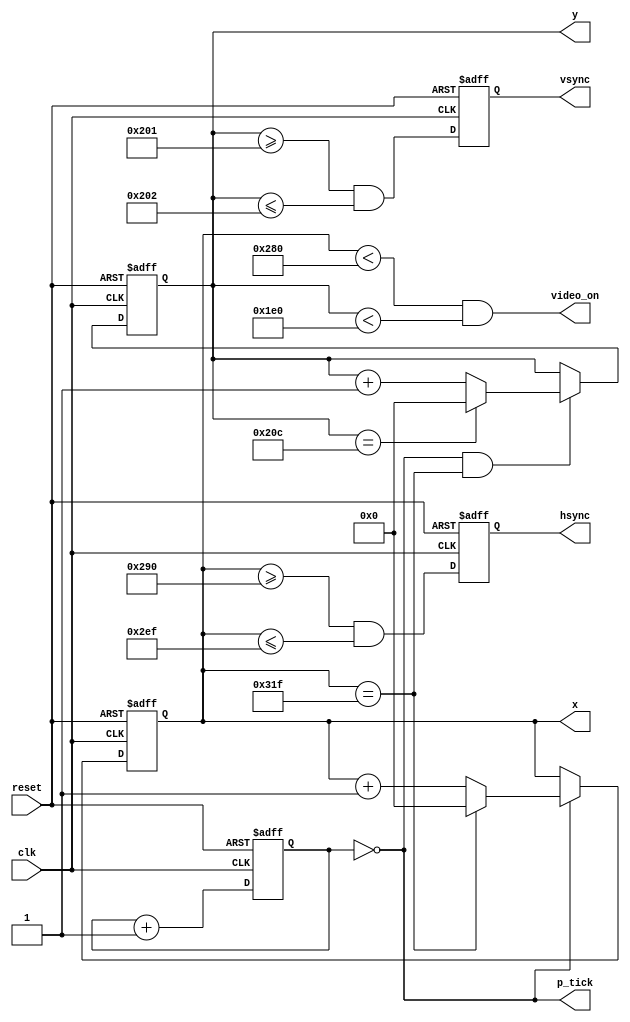
`timescale 1ns / 1ps
//////////////////////////////////////////////////////////////////////////////////
// Company: 
// Engineer: 
// 
// Design Name: 
// Module Name: vga_sync
// Project Name: 
// Target Devices: 
// Tool Versions: 
// Description: 
// 
// Dependencies: 
// 
// Revision:
// Revision 0.01 - File Created
// Additional Comments:
// 
//////////////////////////////////////////////////////////////////////////////////

module vga_sync

	(
		input wire clk, reset,
		output wire hsync, vsync, video_on, p_tick,
		output wire [9:0] x, y
	);
	
	// constant declarations for VGA sync parameters
	localparam H_DISPLAY       = 640; // horizontal display area
	localparam H_L_BORDER      =  48; // horizontal left border
	localparam H_R_BORDER      =  16; // horizontal right border
	localparam H_RETRACE       =  96; // horizontal retrace
	localparam H_MAX           = H_DISPLAY + H_L_BORDER + H_R_BORDER + H_RETRACE - 1;
	localparam START_H_RETRACE = H_DISPLAY + H_R_BORDER;
	localparam END_H_RETRACE   = H_DISPLAY + H_R_BORDER + H_RETRACE - 1;
	
	localparam V_DISPLAY       = 480; // vertical display area
	localparam V_T_BORDER      =  10; // vertical top border
	localparam V_B_BORDER      =  33; // vertical bottom border
	localparam V_RETRACE       =   2; // vertical retrace
	localparam V_MAX           = V_DISPLAY + V_T_BORDER + V_B_BORDER + V_RETRACE - 1;
        localparam START_V_RETRACE = V_DISPLAY + V_B_BORDER;
	localparam END_V_RETRACE   = V_DISPLAY + V_B_BORDER + V_RETRACE - 1;
	
	// mod-4 counter to generate 25 MHz pixel tick
	reg [1:0] pixel_reg;
	wire [1:0] pixel_next;
	wire pixel_tick;
	
	always @(posedge clk, posedge reset)
		if(reset)
		  pixel_reg <= 0;
		else
		  pixel_reg <= pixel_next;
	
	assign pixel_next = pixel_reg + 1; // increment pixel_reg 
	
	assign pixel_tick = (pixel_reg == 0); // assert tick 1/4 of the time
	
	// registers to keep track of current pixel location
	reg [9:0] h_count_reg, h_count_next, v_count_reg, v_count_next;
	
	// register to keep track of vsync and hsync signal states
	reg vsync_reg, hsync_reg;
	wire vsync_next, hsync_next;
 
	// infer registers
	always @(posedge clk, posedge reset)
		if(reset)
		    begin
                    v_count_reg <= 0;
                    h_count_reg <= 0;
                    vsync_reg   <= 0;
                    hsync_reg   <= 0;
		    end
		else
		    begin
                    v_count_reg <= v_count_next;
                    h_count_reg <= h_count_next;
                    vsync_reg   <= vsync_next;
                    hsync_reg   <= hsync_next;
		    end
			
	// next-state logic of horizontal vertical sync counters
	always @*
		begin
		h_count_next = pixel_tick ? 
		               h_count_reg == H_MAX ? 0 : h_count_reg + 1
			       : h_count_reg;
		
		v_count_next = pixel_tick && h_count_reg == H_MAX ? 
		               (v_count_reg == V_MAX ? 0 : v_count_reg + 1) 
			       : v_count_reg;
		end
		
        // hsync and vsync are active low signals
        // hsync signal asserted during horizontal retrace
        assign hsync_next = h_count_reg >= START_H_RETRACE
                            && h_count_reg <= END_H_RETRACE;
   
        // vsync signal asserted during vertical retrace
        assign vsync_next = v_count_reg >= START_V_RETRACE 
                            && v_count_reg <= END_V_RETRACE;

        // video only on when pixels are in both horizontal and vertical display region
        assign video_on = (h_count_reg < H_DISPLAY) 
                          && (v_count_reg < V_DISPLAY);

        // output signals
        assign hsync  = hsync_reg;
        assign vsync  = vsync_reg;
        assign x      = h_count_reg;
        assign y      = v_count_reg;
        assign p_tick = pixel_tick;
endmodule